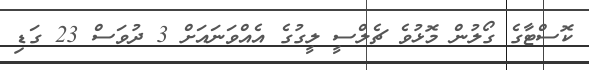
ކޮސްޓާގެ ގޯލުން މޮޅުވެ ޗެލްސީ ލީގުގެ އެއްވަނައަށް 3 ދުވަސް 23 ގަޑި